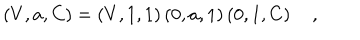
\left( V , a , C \right) = \left( V , 1 , 1 \right) \left( 0 , a , 1 \right) \left( 0 , 1 , C \right) \quad ,